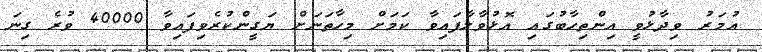
އުމަރު ވިދާޅުވީ އިންތިހާބުގައި އޮޅުވާލާފައިވާ ކަމަށް މިހާތަނަށް ޔަގީންކުރެވިފައިވާ 40000 ވުރެ ގިނަ